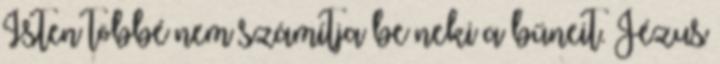
Isten többé nem számítja be neki a bűneit. Jézus